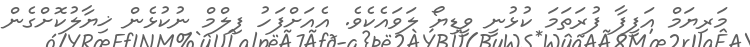
މަރިޔަމް އަފީފާ ފުރަތަމަ ކުޅުނީ ވީޑިޔޯ ލަވައެކެވެ. އެއަށްފަހު ފިލްމް ނުކުޅެން ޚިޔާލުކޮށްގެން